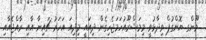
ވޫންގ ޔޮންގުޕް ވިދާޅުވީ މިމަޝްރޫއުހަމަޖެހިގެން ދިއައީ މިދިއަ އަހަރު ޗައިނާ އާއި ރާއްޖެއާއި